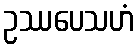
ဥဿပေသဟံ